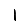
Digit: 1